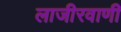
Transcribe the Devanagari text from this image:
लाजीरवाणी